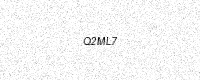
Text: Q2ML7